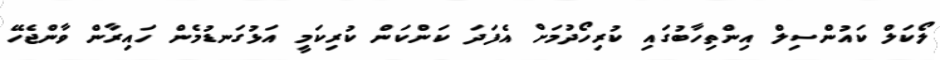
ލޯކަލް ކައުންސިލް އިންތިހާބުގައި ކުރިހޯދުމަށް އެފަދަ ކަންކަން ކުރިކަމީ އަޅުގަނޑުމެން ހައިރާން ވާންޖެހޭ